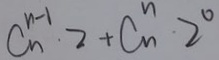
C ^ { n - 1 } _ { n } \cdot 2 + C _ { n } ^ { n } \cdot 2 ^ { 0 }